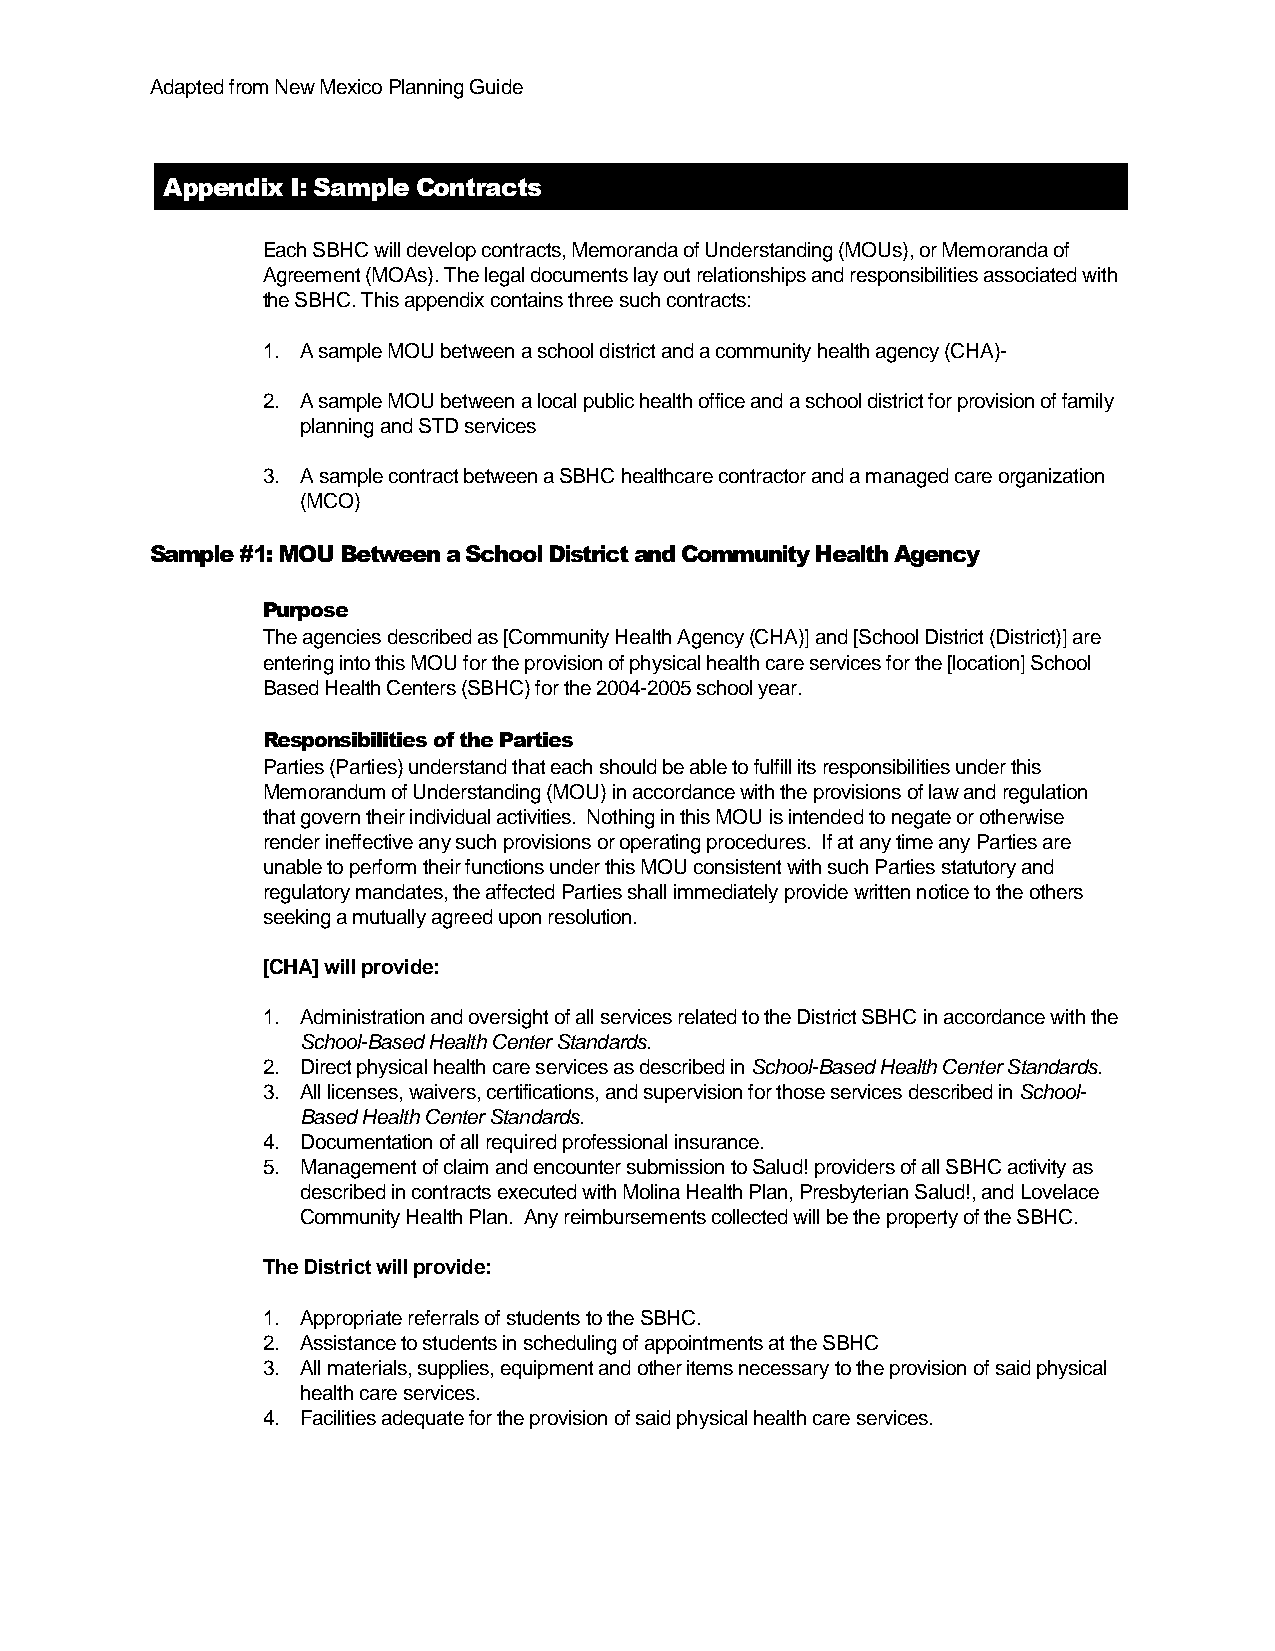
Adapted from New Mexico Planning Guide
 Appendix I: Sample Contracts
 Each SBHC will develop contracts, Memoranda of Understanding (MOUs), or Memoranda of
 Agreement (MOAs). The legal documents lay out relationships and responsibilities associated with
 the SBHC. This appendix contains three such contracts:
 1. A sample MOU between a school district and a community health agency (CHA)-
 2. A sample MOU between a local public health office and a school district for provision of family
 planning and STD services
 3. A sample contract between a SBHC healthcare contractor and a managed care organization
 (MCO)
 Sample #1: MOU Between a School District and Community Health Agency
 Purpose
 The agencies described as [Community Health Agency (CHA)] and [School District (District)] are
 entering into this MOU for the provision of physical health care services for the [location] School
 Based Health Centers (SBHC) for the 2004-2005 school year.
 Responsibilities of the Parties
 Parties (Parties) understand that each should be able to fulfill its responsibilities under this
 Memorandum of Understanding (MOU) in accordance with the provisions of law and regulation
 that govern their individual activities. Nothing in this MOU is intended to negate or otherwise
 render ineffective any such provisions or operating procedures. If at any time any Parties are
 unable to perform their functions under this MOU consistent with such Parties statutory and
 regulatory mandates, the affected Parties shall immediately provide written notice to the others
 seeking a mutually agreed upon resolution.
 [CHA] will provide:
 1. Administration and oversight of all services related to the District SBHC in accordance with the
 School-Based Health Center Standards.
 2. Direct physical health care services as described in School-Based Health Center Standards.
 3. All licenses, waivers, certifications, and supervision for those services described in School-
 Based Health Center Standards.
 4. Documentation of all required professional insurance.
 5. Management of claim and encounter submission to Salud! providers of all SBHC activity as
 described in contracts executed with Molina Health Plan, Presbyterian Salud!, and Lovelace
 Community Health Plan. Any reimbursements collected will be the property of the SBHC.
 The District will provide:
 1. Appropriate referrals of students to the SBHC.
 2. Assistance to students in scheduling of appointments at the SBHC
 3. All materials, supplies, equipment and other items necessary to the provision of said physical
 health care services.
 4. Facilities adequate for the provision of said physical health care services.